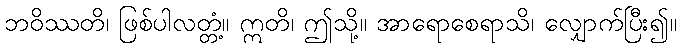
ဘဝိဿတိ၊ ဖြစ်ပါလတ္တံ့။ ဣတိ၊ ဤသို့။ အာရောစေရာသိ၊ လျှောက်ပြီး၍။